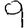
Digit: 9